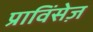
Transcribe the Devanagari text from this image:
प्राविंसेज़